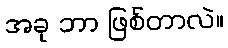
အခု ဘာ ဖြစ်တာလဲ။